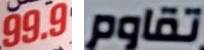
99.9 تقاوم